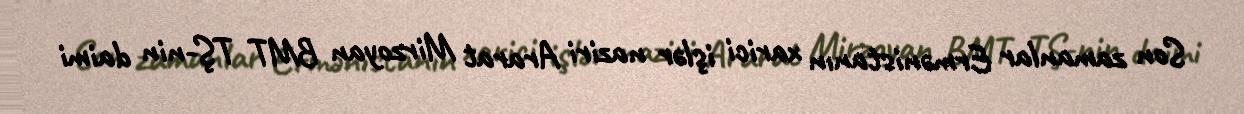
Son zamanlar Ermənistanın xarici işlər naziri Ararat Mirzoyan BMT TŞ-nin daimi